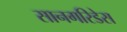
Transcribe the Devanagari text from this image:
सानगरिडेस